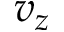
v _ { z }